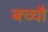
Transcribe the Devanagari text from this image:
बच्चौ